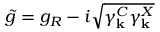
\tilde { g } = g _ { R } - i \sqrt { \gamma _ { \bf k } ^ { C } \gamma _ { \bf k } ^ { X } }